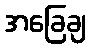
အခြေချ